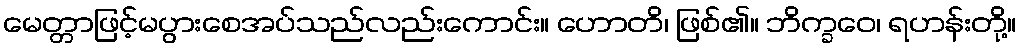
မေတ္တာဖြင့်မပွားစေအပ်သည်လည်းကောင်း။ ဟောတိ၊ ဖြစ်၏။ ဘိက္ခဝေ၊ ရဟန်းတို့။